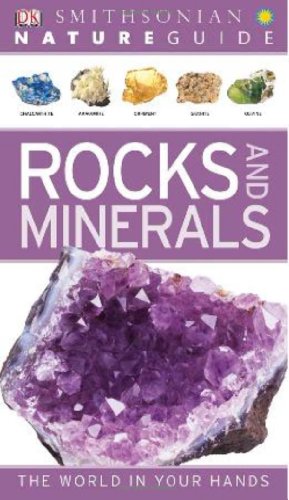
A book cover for Nature Guide: Rocks and Minerals (Nature Guides); DK Publishing; Science & Math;